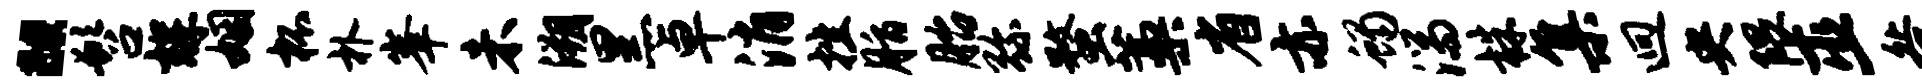
“髫辉姻杯朴峰未溯黑卓消挫脂胎弥蝥藁省亦蝎湍株集迥央隈巫咎